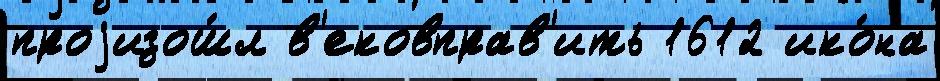
проjизош́л в'ековправ'ить 1612 ико́на